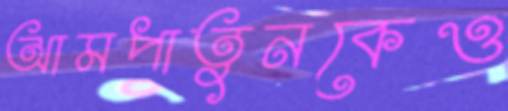
আমপাতুনকেও